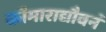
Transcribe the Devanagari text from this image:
कौमाराद्यौवनं